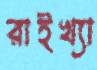
রাইখ্যা